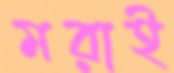
মরাই